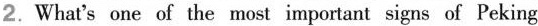
2.What's one of the most important signs of Peking